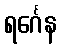
ရင်္ဂေန